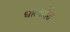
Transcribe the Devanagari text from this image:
धात्वादेश